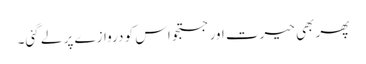
پھر بھی حیرت اور جستجو اس کو دروازے پر لے گئی۔